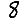
Digit: 8